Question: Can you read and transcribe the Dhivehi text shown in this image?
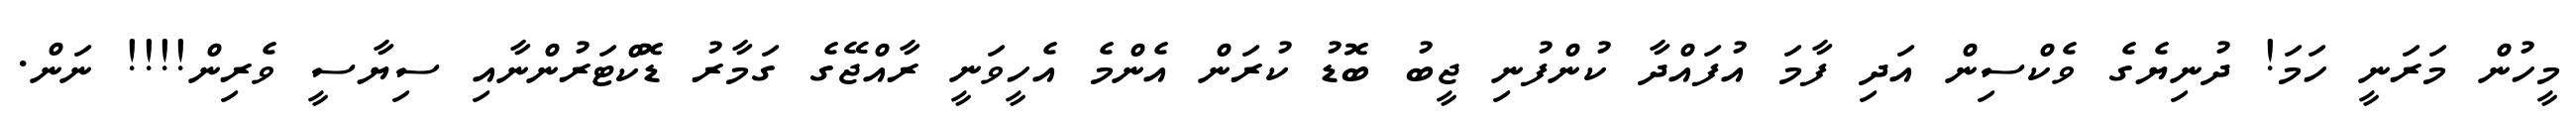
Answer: މީހުން މަރަނީ ހަމަ! ދުނިޔެގެ ވެކްސިން އަދި ފާމަ އުފައްދާ ކުންފުނި ޖީބު ބޮޑު ކުރަން އެންމެ އެހީވަނީ ރާއްޖޭގެ ގަމާރު ޑޮކްޓަރުންނާއި ސިޔާސީ ވެރިން!!!! ނަން.